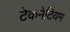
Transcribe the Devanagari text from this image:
टेकनेटियम